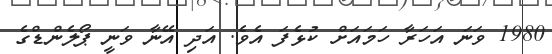
1980 ވަނަ އަހަރާ ހަމައަށް ކުޅެފަ އެވެ. އަދި އޭނާ ވަނީ ޕޯލެންޑްގެ